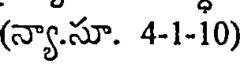
(న్యా.సూ. 4-1-10)